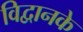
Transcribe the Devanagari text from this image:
विद्वानके